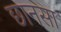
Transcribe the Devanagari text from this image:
छानसा